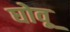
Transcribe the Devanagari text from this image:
घोवू